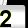
Digit: 2